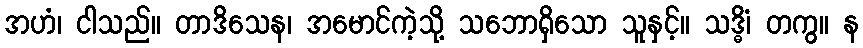
အဟံ၊ ငါသည်။ တာဒိသေန၊ အမောင်ကဲ့သို့ သဘောရှိသော သူနှင့်။ သဒ္ဓိံ၊ တကွ။ န